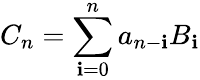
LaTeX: C_{n}=\sum_{\mathbf{i}=0}^{n}a_{n-\mathbf{i}}B_{\mathbf{i}}